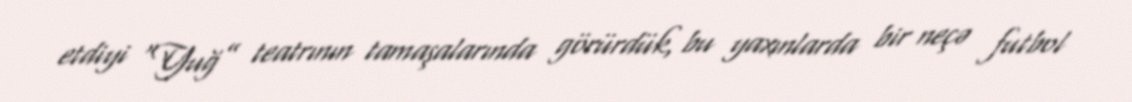
etdiyi “Yuğ” teatrının tamaşalarında görürdük, bu yaxınlarda bir neçə futbol